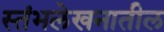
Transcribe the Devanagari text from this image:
स्तंभलेखनातील